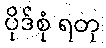
ပိုဒ်စုံ ရတု